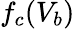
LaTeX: f_{c}(V_{b})